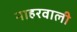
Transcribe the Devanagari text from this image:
नाहरवाली